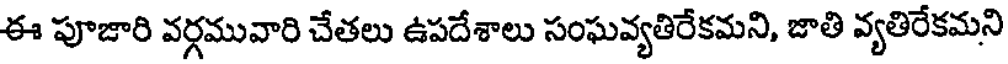
ఈ పూజారి వర్గమువారి చేతలు ఉపదేశాలు సంఘవ్యతిరేకమని, జాతి వ్యతిరేకమని